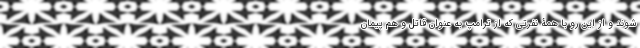
شوند و از این رو با همۀ نفرتی که از ترامپ به عنوان قاتل و هم پیمان